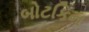
બોટકિન